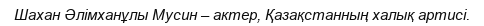
Шахан Әлімханұлы Мусин – актер, Қазақстанның халық артисі.